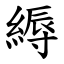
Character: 縟